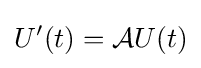
U'(t)={\mathcal {A}}U(t)